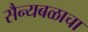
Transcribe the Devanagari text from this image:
सैन्यबळाचा